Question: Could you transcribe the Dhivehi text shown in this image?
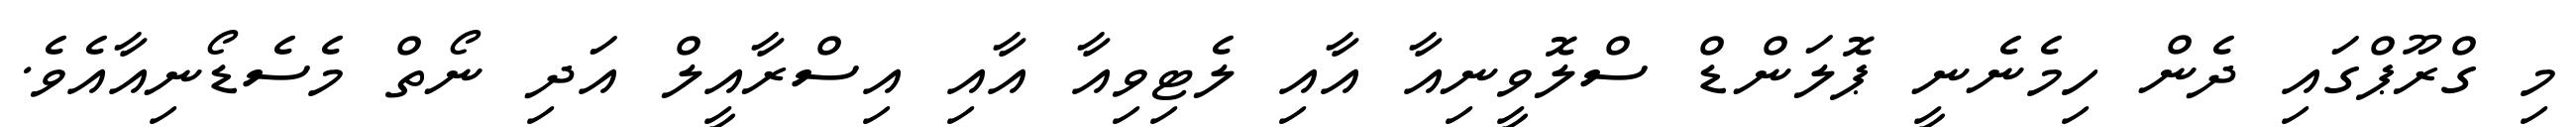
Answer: މި ގްރޫޕްގައި ދެން ހިމެނެނީ ޕޮލަންޑް ސްލޮވީނިއާ އާއި ލެޓިވިއާ އާއި އިސްރާއީލް އަދި ނޯތް މެސެޑޯނިއާއެވެ.